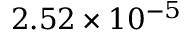
2 . 5 2 \times 1 0 ^ { - 5 }